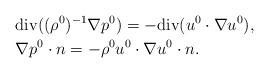
LaTeX: \begin{align*} &{\rm div}((\rho^{0})^{-1}\nabla p^0) = -{\rm div}(u^{0}\cdot\nabla u^{0}), \\ &\nabla p^0\cdot n = -\rho^0 u^0\cdot\nabla u^0\cdot n.\end{align*}